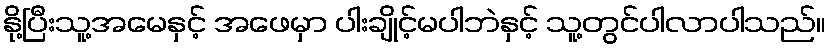
နို့ပြီးသူ့အမေနှင့် အဖေမှာ ပါးချိုင့်မပါဘဲနှင့် သူ့တွင်ပါလာပါသည်။